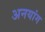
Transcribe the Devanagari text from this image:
अनयांग